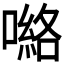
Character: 𭊽